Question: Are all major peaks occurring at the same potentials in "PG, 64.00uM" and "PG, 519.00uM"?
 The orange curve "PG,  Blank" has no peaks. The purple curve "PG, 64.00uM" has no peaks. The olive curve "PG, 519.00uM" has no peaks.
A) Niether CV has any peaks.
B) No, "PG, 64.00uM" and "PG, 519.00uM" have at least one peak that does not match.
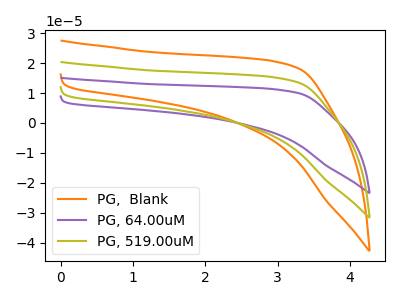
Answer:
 <answer>A) Niether CV has any peaks.</answer>
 <eval>A</eval>